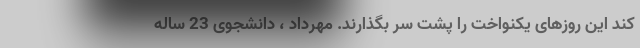
کند این روزهای یکنواخت را پشت سر بگذارند. مهرداد ، دانشجوی 23 ساله